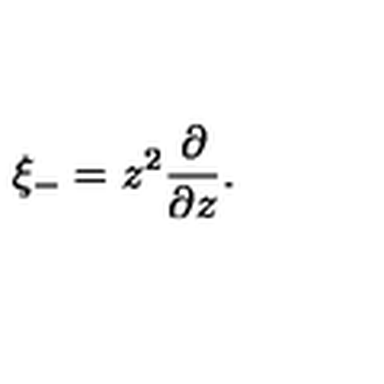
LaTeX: \xi _ { - } = z ^ { 2 } \frac { \partial } { \partial z } .